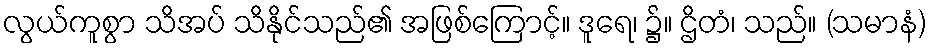
လွယ်ကူစွာ သိအပ် သိနိုင်သည်၏ အဖြစ်ကြောင့်။ ဒူရေ၊ ၌။ ဌိတံ၊ သည်။ (သမာနံ)